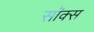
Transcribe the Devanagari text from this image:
सॉक्‍स